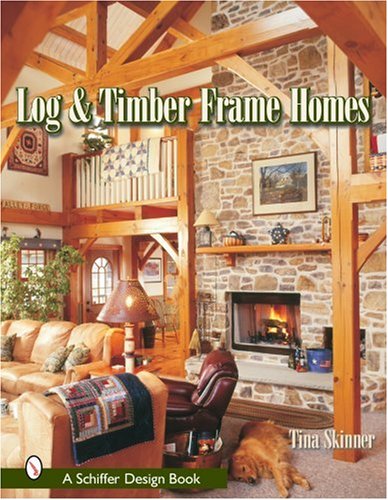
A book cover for Log and Timber Frame Homes (Schiffer Design Book); Tina Skinner; Crafts, Hobbies & Home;